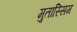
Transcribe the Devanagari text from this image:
मुतास्सिम